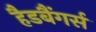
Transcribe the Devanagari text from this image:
हैडबैंगर्स